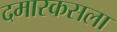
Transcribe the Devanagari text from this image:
दमास्कसला